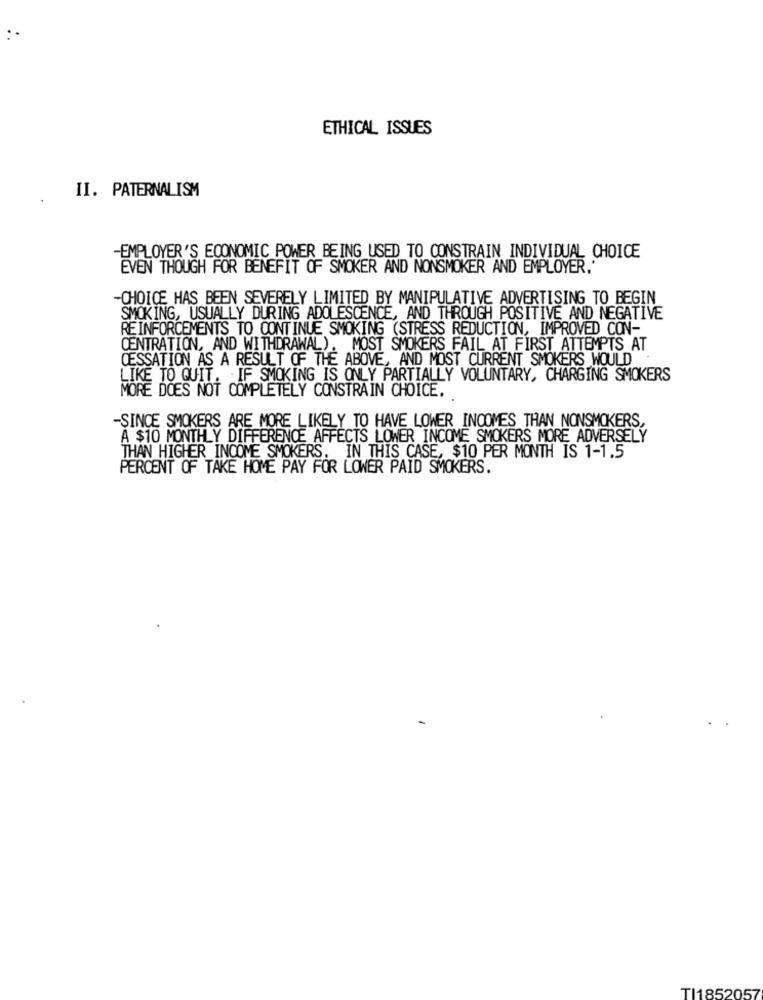
:.
ETHICAL ISSUES
II. PATERNALISM
-EMPLOYER'S ECONOMIC POWER BEING USED TO CONSTRAIN INDIVIDUAL CHOICE
EVEN THOUGH FOR BENEFIT OF SMOKER AND NONSMOKER AND EMPLOYER."
-CHOICE HAS BEEN SEVERELY LIMITED BY MANIPULATIVE ADVERTISING TO BEGIN
SMOKING, USUALLY DURING ADOLESCENCE, AND THROUGH POSITIVE AND NEGATIVE
REINFORCEMENTS TO CONTINUE SMOKING (STRESS REDUCTION, IMPROVED CON-
CENTRATION, AND WITHDRAWAL). MOST SMOKERS FAIL AT FIRST ATTEMPTS AT
CESSATION AS A RESULT OF THE ABOVE, AND MOST CURRENT SMOKERS WOULD
LIKE TO QUIT. . IF SMOKING IS ONLY PARTIALLY VOLUNTARY, CHARGING SMOKERS
MORE DOES NOT COMPLETELY CONSTRAIN CHOICE.
-SINCE SMOKERS ARE MORE LIKELY TO HAVE LOWER INCOMES THAN NONSMOKERS,
A $10 MONTHLY DIFFERENCE AFFECTS LOWER INCOME SMOKERS MORE ADVERSELY
THAN HIGHER INCOME SMOKERS. IN THIS CASE, $10 PER MONTH IS 1-1.5
PERCENT OF TAKE HOME PAY FOR LOWER PAID SMOKERS.
TI1852057